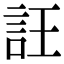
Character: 𧥶